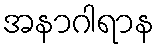
အနာဂါရာန